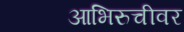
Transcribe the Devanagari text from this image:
आभिरुचीवर